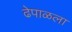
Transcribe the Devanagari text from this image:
ढेपाळला